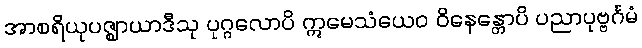
အာစရိယုပဇ္ဈာယာဒီသု ပုဂ္ဂလောပိ ဣမေသံယေဝ ဝိနေန္တောပိ ပညာပုဗ္ဗင်္ဂမံ